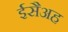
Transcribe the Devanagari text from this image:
ईसैअह